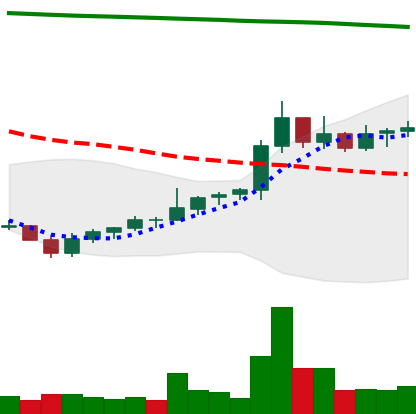
Ticker: NEO-USD
Chart end date: 2021-08-06
Forward return: 10.039%
Label: up_7plus